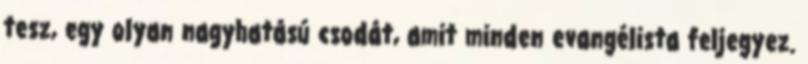
tesz, egy olyan nagyhatású csodát, amit minden evangélista feljegyez.